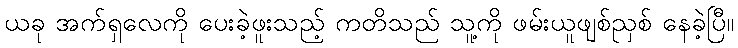
ယခု အက်ရှလေကို ပေးခဲ့ဖူးသည့် ကတိသည် သူ့ကို ဖမ်းယူဖျစ်ညှစ် နေခဲ့ပြီ။